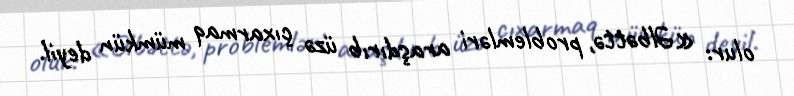
olur: «Əlbəttə, problemləri araşdırıb üzə çıxarmaq mümkün deyil.